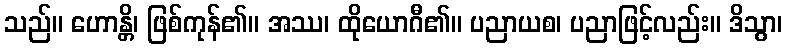
သည်။ ဟောန္တိ၊ ဖြစ်ကုန်၏။ အဿ၊ ထိုယောဂီ၏။ ပညာယစ၊ ပညာဖြင့်လည်း။ ဒိသွာ၊